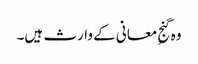
وہ گنجِ معانی کے وارث ہیں۔